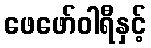
ဖေဖော်ဝါရီနှင့်